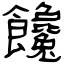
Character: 饞